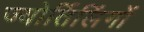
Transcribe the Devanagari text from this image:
ज्‍योर्तिलिंगों